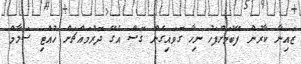
ޒައިނާ ކާރުން ފޭބުމަށްފަހު ނިހާ ގޮވައިގެން ގޮސް އެގޭ ދޮރުމައްޗަށް ހުއްޓި ސަލާމް